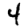
Digit: 4